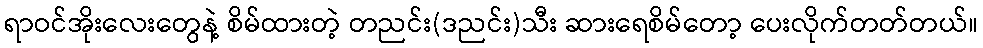
ရာဝင်အိုးလေးတွေနဲ့ စိမ်ထားတဲ့ တညင်း(ဒညင်း)သီး ဆားရေစိမ်တော့ ပေးလိုက်တတ်တယ်။